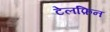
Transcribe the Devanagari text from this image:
टेलफ़िन